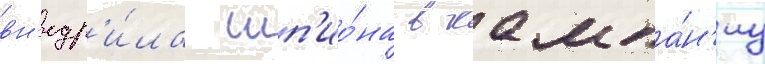
вн'едр'и́ла шп'ио́на в кампа́н'иу